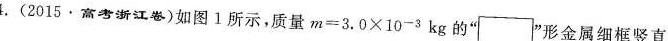
4.(2015.高考浙江卷)如图Ⅰ所示，质量m=3.0×10^{-3}kg的” \Box ”形金属细框竖直